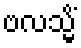
ဗလသ္မိံ